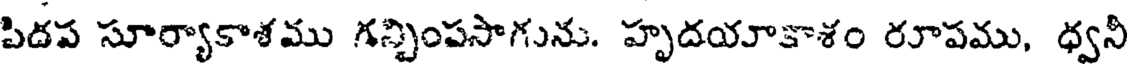
పిదప సూర్యాకాశము గన్చింపసాగును. హృదయాకాశం రూపము, ధ్వని